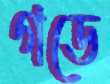
গডে